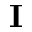
\mathbf { I }